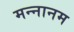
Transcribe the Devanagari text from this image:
मन्नानम